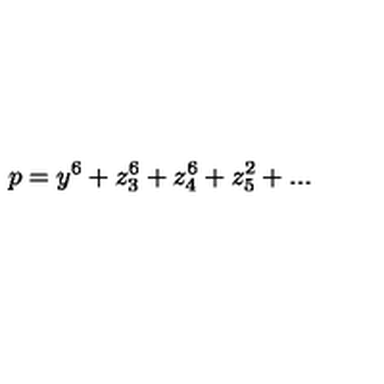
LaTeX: p = y ^ { 6 } + z _ { 3 } ^ { 6 } + z _ { 4 } ^ { 6 } + z _ { 5 } ^ { 2 } + . . .